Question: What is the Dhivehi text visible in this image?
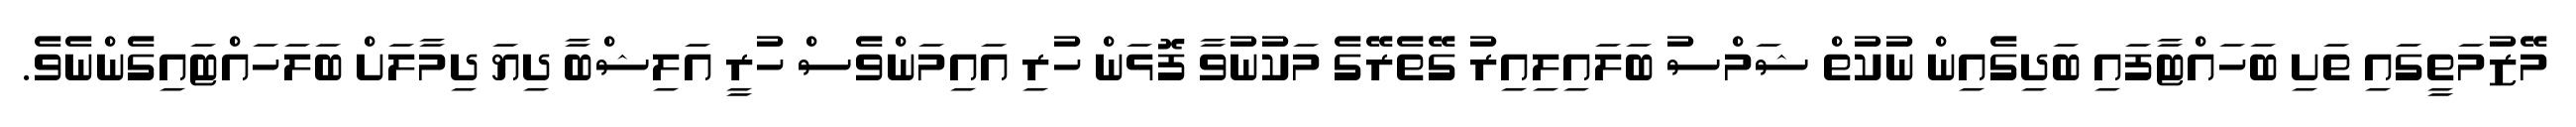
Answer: މޭޒުމަތީގައި ތަށި ބަހައްޓާފައި ބަދިގެއިން ނުކުތް ޝަމްސު ބަލައިލިއިރު ގޭތެރޭގެ މަކުނުވާ ފޮޅަން ހުރި އައިމަންވެސް ހުރީ އަލިޝްބާ ދިޔަ ދިމާލަށް ބަލަހައްޓައިގެންނެވެ.